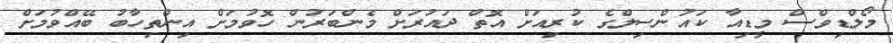
މޯލްޑިވްސް މީޑިއާ ކައުންސިލްގެ ކުރިއަށް އޮތް ދައުރަށް މެންބަރުން ހޮވުމަށް އިންތިހާބު ބޭއްވުމަށް